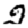
Digit: 2